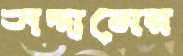
সদ্দামের